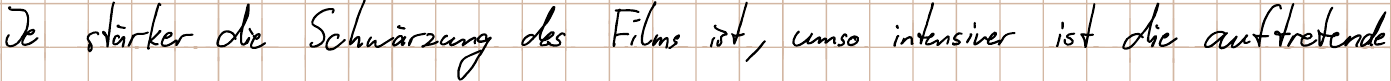
Je stärker die Schwärzung des Films ist, umso intensiver ist die auftretende